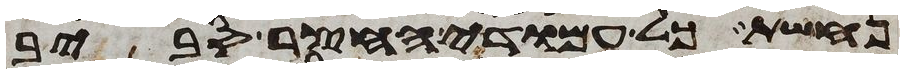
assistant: נחשת כל עמודי החצר סביב